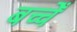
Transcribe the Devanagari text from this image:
बच्चेँ